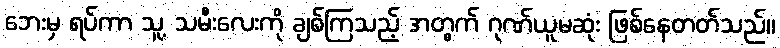
ဘေးမှ ရပ်ကာ သူ့ သမီးလေးကို ချစ်ကြသည့် အတွက် ဂုဏ်ယူမဆုံး ဖြစ်နေတတ်သည်။